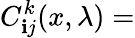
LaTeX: C_{\mathbf{i}j}^{k}(x,\lambda)=